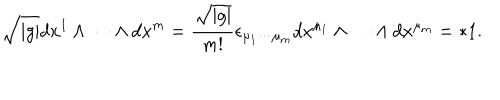
\sqrt { \mid g \mid } d x ^ { 1 } \wedge \cdots \wedge d x ^ { m } = \frac { \sqrt { \mid g \mid } } { m ! } \epsilon _ { \mu _ { 1 } \cdots \mu _ { m } } d x ^ { \mu _ { 1 } } \wedge \cdots \wedge d x ^ { \mu _ { m } } = * 1 .